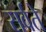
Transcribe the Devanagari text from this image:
सर्वते